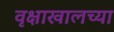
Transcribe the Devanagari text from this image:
वृक्षाखालच्या